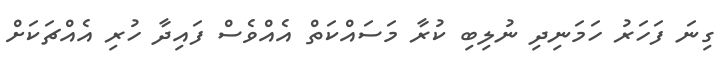
ގިނަ ފަހަރު ހަމަނިދި ނުލިބި ކުރާ މަސައްކަތް އެއްވެސް ފައިދާ ހުރި އެއްޗަކަށް